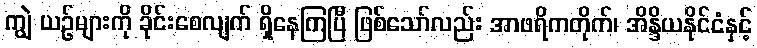
ကျွဲ ယဉ်များကို ခိုင်းစေလျက် ရှိနေကြပြီ ဖြစ်သော်လည်း အာဖရိကတိုက်၊ အိန္ဒိယနိုင်ငံနှင့်